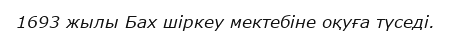
1693 жылы Бах шіркеу мектебіне оқуға түседі.